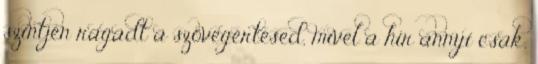
szintjén ragadt a szövegértésed, mivel a hír annyi csak,